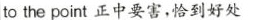
to the point 正中要害,恰到好处